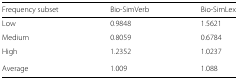
| Frequency subset | Bio-SimVerb | Bio-SimLex |
 | --- | --- | --- |
 | Low | 0.9848 | 1.5621 |
 | Medium | 0.8059 | 0.6784 |
 | High | 1.2352 | 1.0237 |
 | Average | 1.009 | 1.088 |